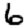
Digit: 6